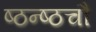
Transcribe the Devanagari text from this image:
ष्ठन्ष्ठचौ